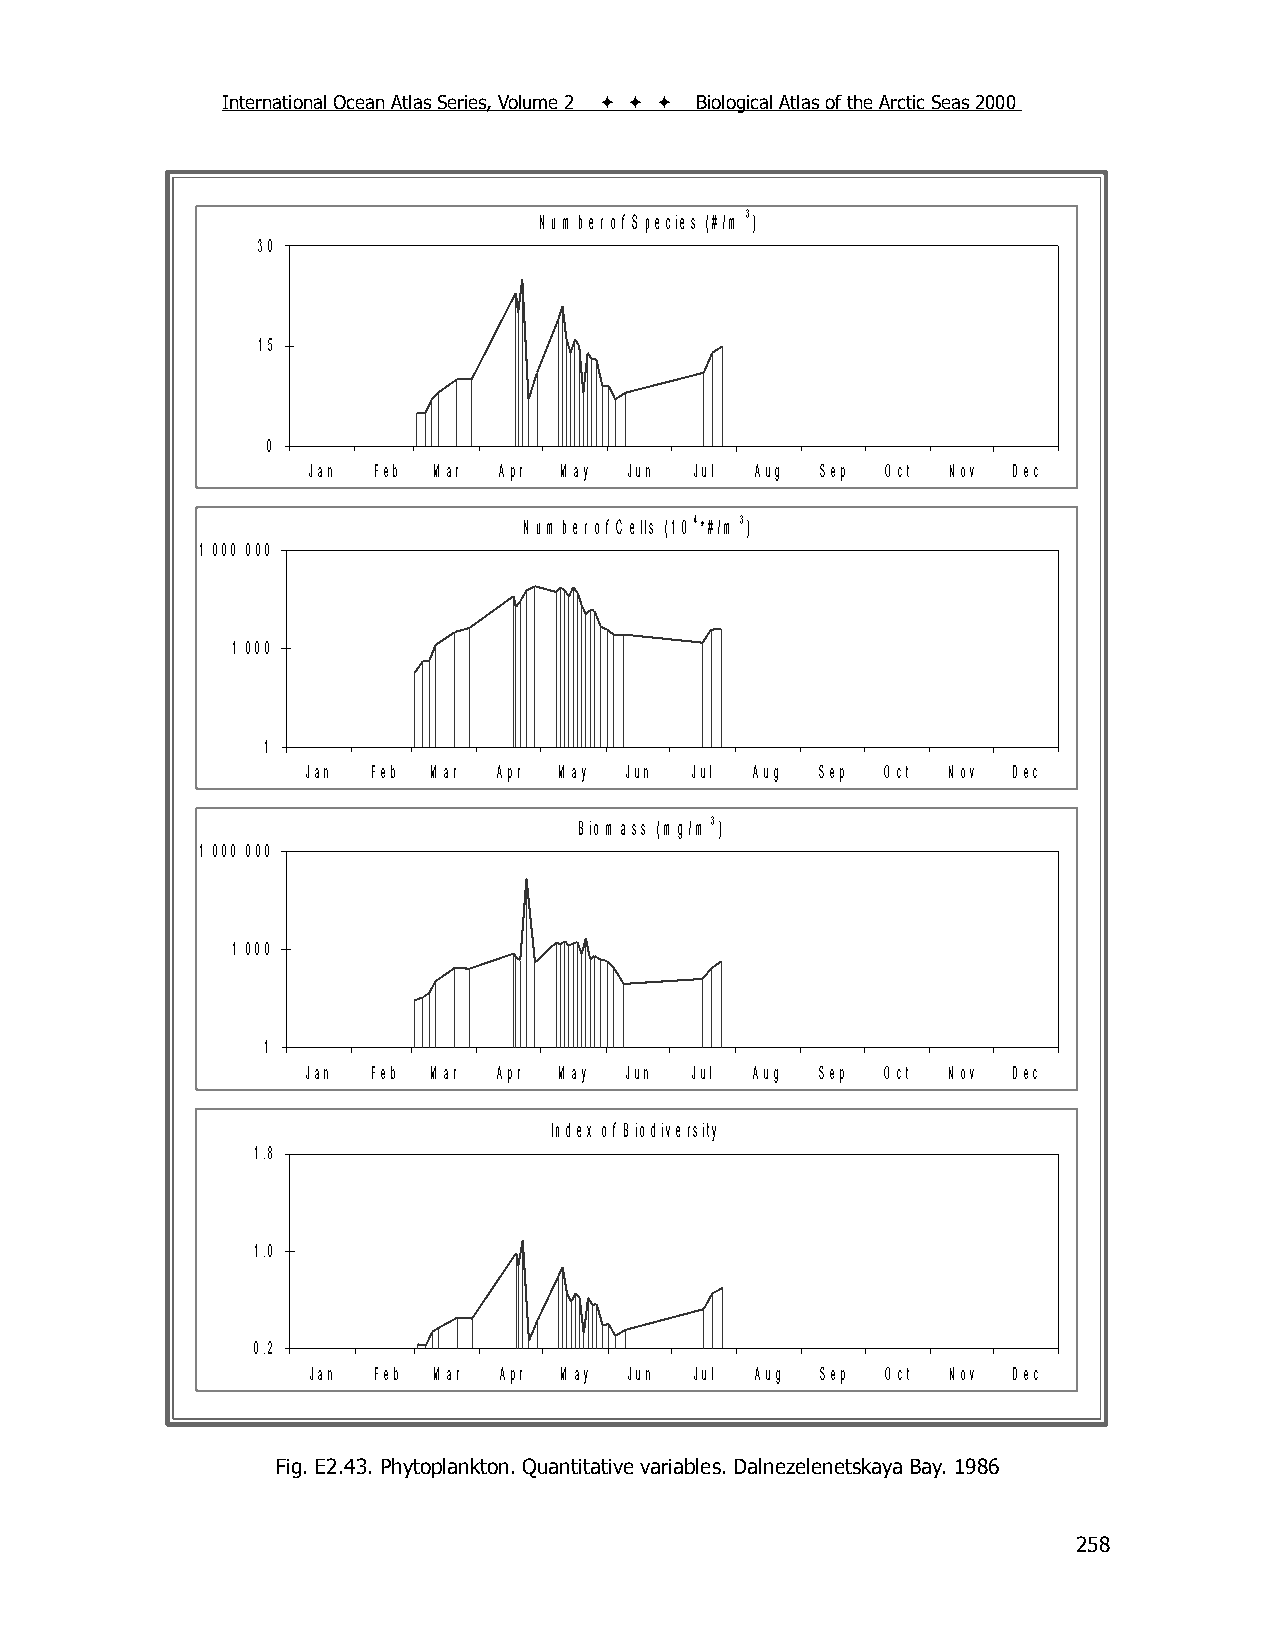
International Ocean Atlas Series, Volume 2    Biological Atlas of the Arctic Seas 2000
 N um ber of S pecies (#/m 3)
 30
 15
 0
 Jan  Feb M ar A pr M ay Jun Jul A ug S ep O ct N ov D ec
 N um ber of C ells (10 4 *#/m 3)
 1 000 000
 1 000
 1
 Jan  Feb M ar A pr M ay Jun Jul Aug S ep O ct N ov D ec
 B iom ass (m g/m 3)
 1 000 000
 1 000
 1
 Jan  Feb M ar A pr M ay Jun Jul Aug S ep O ct N ov D ec
 Index of B iodiversity
 1.8
 1.0
 0.2
 Jan Feb M ar A pr M ay Jun Jul A ug S ep O ct N ov D ec
 Fig. E2.43. Phytoplankton. Quantitative variables. Dalnezelenetskaya Bay. 1986
 258